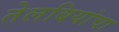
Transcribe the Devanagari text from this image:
तेलबियांचा